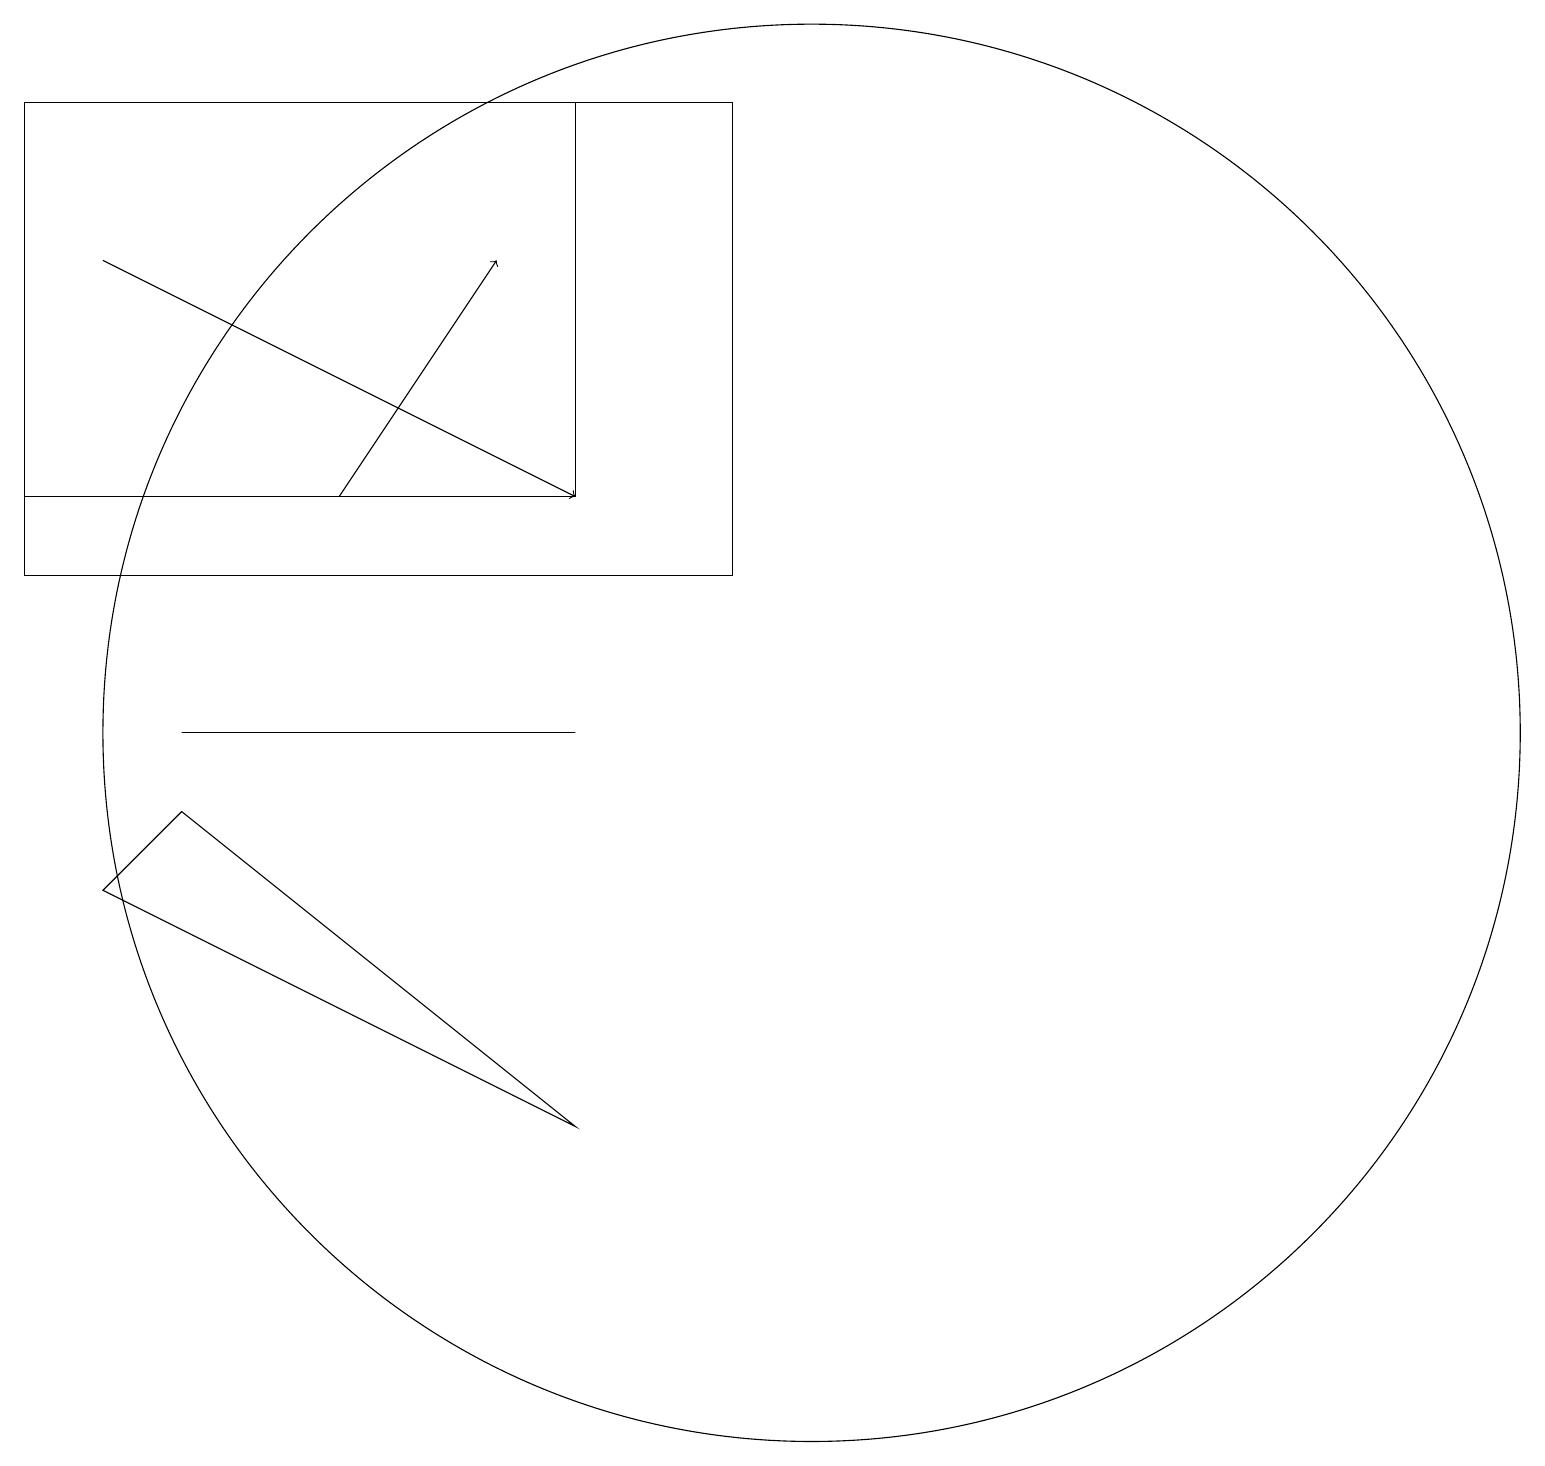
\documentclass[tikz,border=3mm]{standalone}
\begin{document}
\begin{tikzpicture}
\draw (9,18) rectangle (0,12);
\draw (1,8) -- (2,9) -- (7,5) -- cycle;
\draw (7,10) rectangle (2,10);
\draw[->] (1,16) -- (7,13);
\draw[->] (4,13) -- (6,16);
\draw (10,10) circle (9);
\draw (0,18) rectangle (7,13);
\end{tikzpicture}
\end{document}